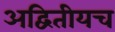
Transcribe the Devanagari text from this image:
अद्वितीयच